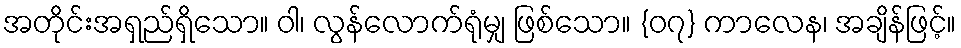
အတိုင်းအရှည်ရှိသော။ ဝါ၊ လွန်လောက်ရုံမျှ ဖြစ်သော။ {၀၇} ကာလေန၊ အချိန်ဖြင့်။